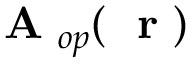
\mathrm { ~ \bf ~ A ~ } _ { o p } ( \mathrm { ~ \bf ~ r ~ } )